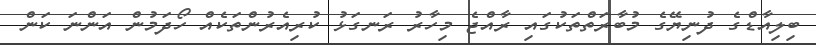
ބިލިއާޑްގެ ދުނިޔޭގެ މުބާރަތްތަކުގައި ރާއްޖެ މިހާރު ރަނގަޅު ކުރިއެރުންތަކެއް ހޯދަމުން އަންނަ ކަން